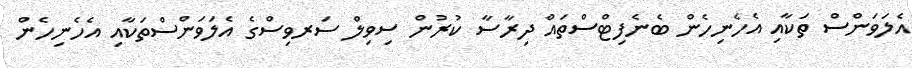
އެލަވަންސް ތަކާއި އެހެނިހެން ބެނެފިޓްސްތައް ދިރާސާ ކުރުން ސިވިލް ސަރވިސްގެ އެލަވަންސްތަކާއި އެހެނިހެން